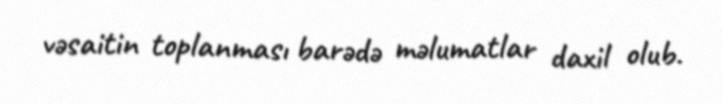
vəsaitin toplanması barədə məlumatlar daxil olub.